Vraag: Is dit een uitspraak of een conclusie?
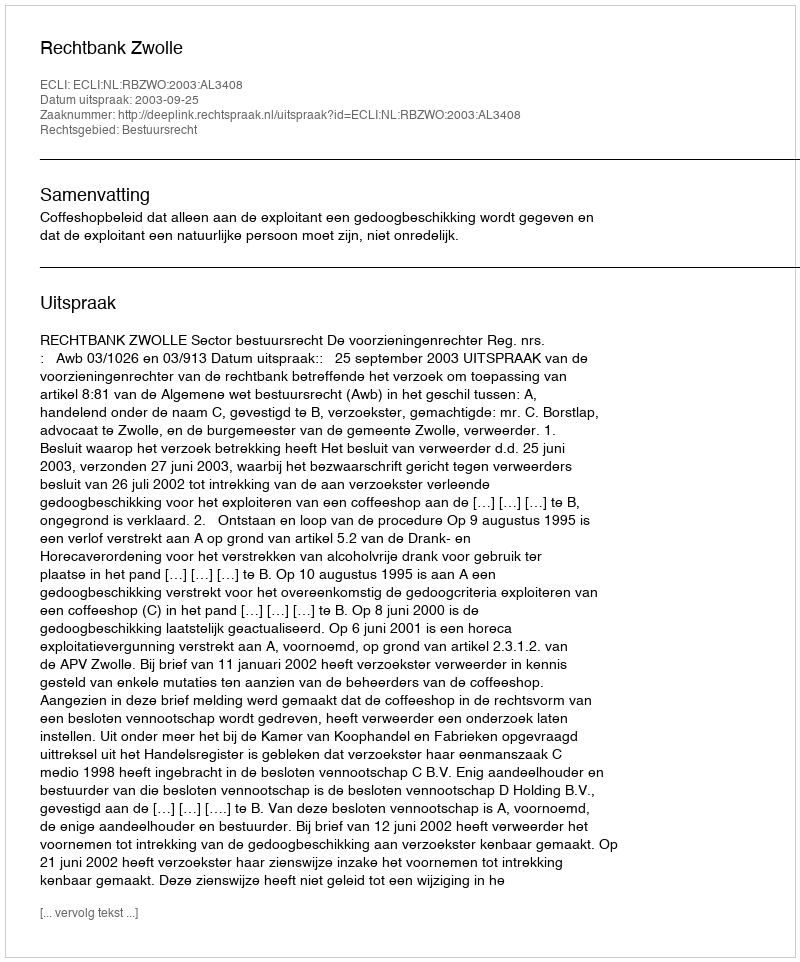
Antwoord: Uitspraak